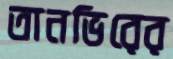
তানভিরের